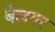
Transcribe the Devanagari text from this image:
बेलगर